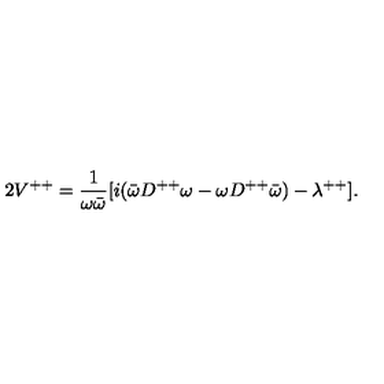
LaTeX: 2 V ^ { + + } = { \frac { 1 } { \omega \bar { \omega } } } [ i ( \bar { \omega } D ^ { + + } \omega - \omega D ^ { + + } \bar { \omega } ) - \lambda ^ { + + } ] .